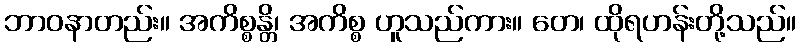
ဘာဝနာတည်း။ အကိစ္စန္တိ၊ အကိစ္စ ဟူသည်ကား။ တေ၊ ထိုရဟန်းတို့သည်။